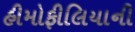
હીમોફીલિયાની